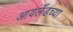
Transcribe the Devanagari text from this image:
आयलँडच्या